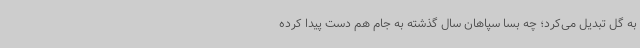
به گل تبدیل می‌کرد؛ چه بسا سپاهان سال گذشته به جام هم دست پیدا کرده